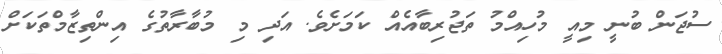
ސުޖަން ބުނީ މިއީ މުހިއްމު ތަޖުރިބާއެއް ކަމަށެވެ. އަދި މި މުބާރާތުގެ އިންތިޒާމްތަކަށް